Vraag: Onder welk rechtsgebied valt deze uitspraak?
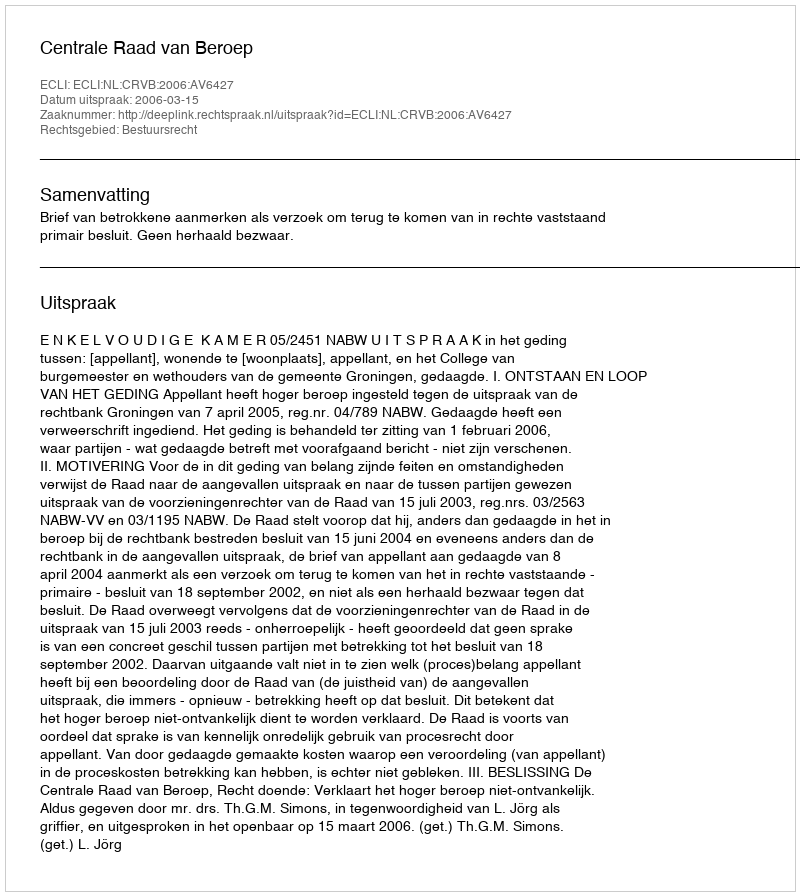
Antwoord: Bestuursrecht